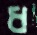
ধ